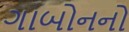
ગાબોનનો